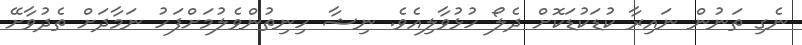
ނެގި ތަނުން ނައިރާ ކުޑަކުޑަކޮށް ދެލޯ ހުޅުވާލިއެވެ. ނިޝާ ހިނިތުންވެލުމަށްފަހު ނަމާދަށް ތެދުވާށޭ